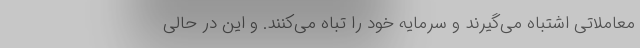
معاملاتی اشتباه می‌گیرند و سرمایه خود را تباه می‌کنند. و این در حالی